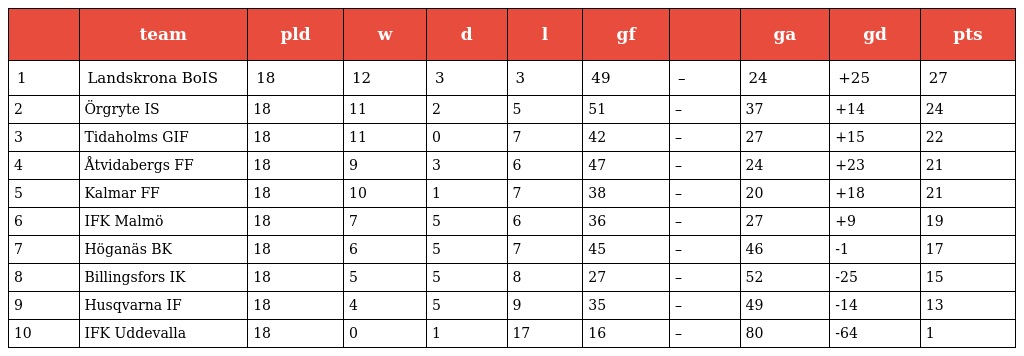
|  | team | pld | w | d | l | gf |  | ga | gd | pts |
 | --- | --- | --- | --- | --- | --- | --- | --- | --- | --- | --- |
 | 1 | Landskrona BoIS | 18 | 12 | 3 | 3 | 49 | – | 24 | +25 | 27 |
 | 2 | Örgryte IS | 18 | 11 | 2 | 5 | 51 | – | 37 | +14 | 24 |
 | 3 | Tidaholms GIF | 18 | 11 | 0 | 7 | 42 | – | 27 | +15 | 22 |
 | 4 | Åtvidabergs FF | 18 | 9 | 3 | 6 | 47 | – | 24 | +23 | 21 |
 | 5 | Kalmar FF | 18 | 10 | 1 | 7 | 38 | – | 20 | +18 | 21 |
 | 6 | IFK Malmö | 18 | 7 | 5 | 6 | 36 | – | 27 | +9 | 19 |
 | 7 | Höganäs BK | 18 | 6 | 5 | 7 | 45 | – | 46 | -1 | 17 |
 | 8 | Billingsfors IK | 18 | 5 | 5 | 8 | 27 | – | 52 | -25 | 15 |
 | 9 | Husqvarna IF | 18 | 4 | 5 | 9 | 35 | – | 49 | -14 | 13 |
 | 10 | IFK Uddevalla | 18 | 0 | 1 | 17 | 16 | – | 80 | -64 | 1 |